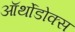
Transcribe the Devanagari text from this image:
ऑर्थोडोक्स